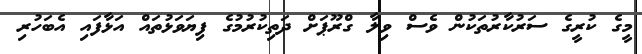
މީގެ ކުރީގެ ސަރުކާރުތަކުން ވެސް ވިލާ ގްރޫޕަށް ދަތިކުރުމުގެ ފިޔަވަޅުތައް އަޅާފައި އެބަހުރި